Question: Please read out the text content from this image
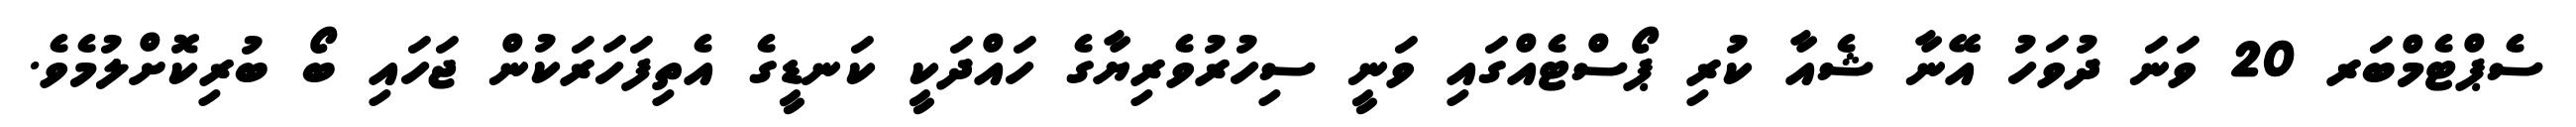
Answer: ސެޕްޓެމްބަރ 20 ވަނަ ދުވަހު އޭނާ ޝެއާ ކުރި ޕޯސްޓެއްގައި ވަނީ ސިހުރުވެރިޔާގެ ހައްދަކީ ކަނޑީގެ އެތިފަހަރަކުން ޖަހައި ބޯ ބުރިކޮށްލުމެވެ.